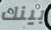
بينك